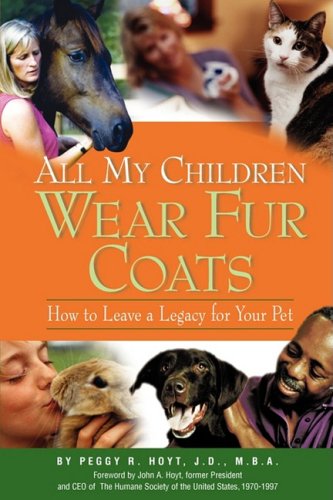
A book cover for All My Children Wear Fur Coats - 2nd Edition; Peggy R Hoyt; Law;